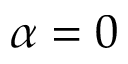
\alpha = 0